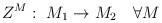
LaTeX: \begin{align*}Z^M : \ M_1 \rightarrow M_2 \ \ \ \forall M\end{align*}